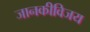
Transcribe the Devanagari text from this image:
जानकीविजय